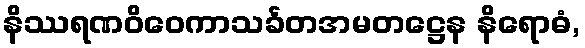
နိဿရဏဝိဝေကာသင်္ခတအမတဋ္ဌေန နိရောဓံ,